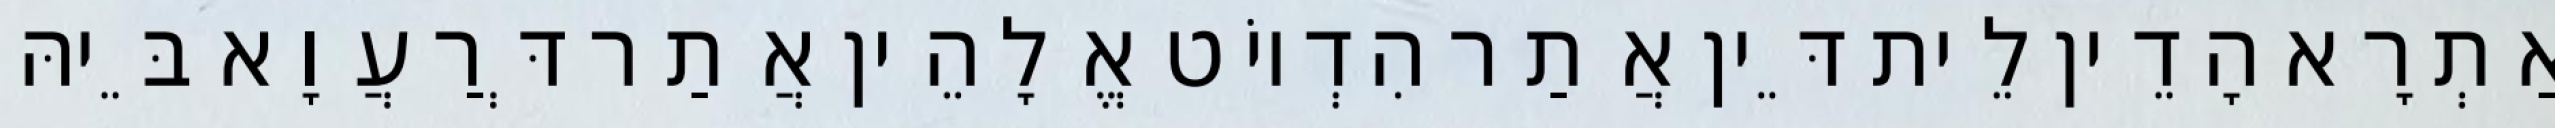
אַתְרָא הָדֵין לֵית דֵּין אֲתַר הִדְיוֹט אֱלָהֵין אֲתַר דְּרַעֲוָא בֵּיהּ